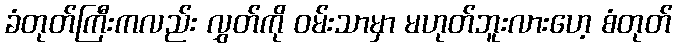
ခံတုတ်ကြီးကလည်း လွှတ်ကို ဝမ်းသာမှာ မဟုတ်ဘူးလားဟေ့ စံတုတ်